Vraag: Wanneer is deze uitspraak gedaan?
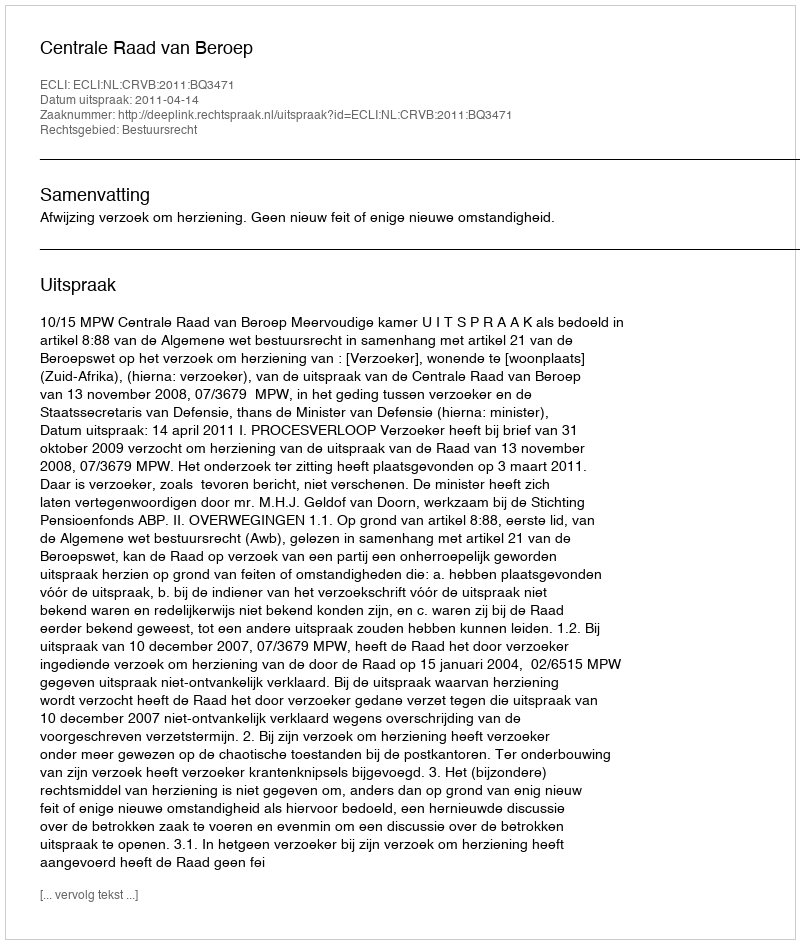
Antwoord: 2011-04-14